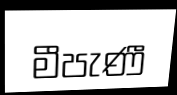
මීපැණී